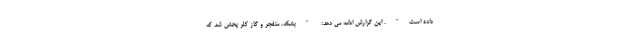
داده است". این گزارش ادامه می دهد: "بشکه، منفجر و گاز کلر پخش شد که